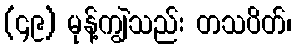
(၄၉) မုန့်ကျွဲသည်း တသပိတ်၊